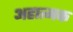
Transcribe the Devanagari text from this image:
अहात्मक